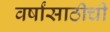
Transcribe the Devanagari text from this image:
वर्षांसाठीची